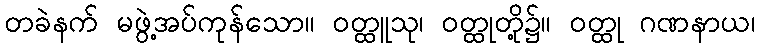
တခဲနက် မဖွဲ့အပ်ကုန်သော။ ဝတ္ထူသု၊ ဝတ္ထုတို့၌။ ဝတ္ထု ဂဏနာယ၊